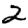
Digit: 2